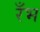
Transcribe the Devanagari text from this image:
रँभ